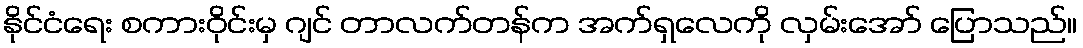
နိုင်ငံရေး စကားဝိုင်းမှ ဂျင် တာလက်တန်က အက်ရှလေကို လှမ်းအော် ပြောသည်။